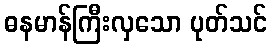
ဓနမာန်ကြီးလှသော ပုတ်သင်